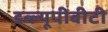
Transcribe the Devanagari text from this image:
डब्ल्यूपीबीटी